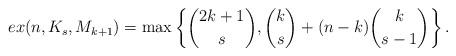
LaTeX: \begin{align*}ex(n,K_s,M_{k+1})=\max\left\{\binom{2k+1}{s}, \binom{k}{s}+(n-k)\binom{k}{s-1}\right\}.\end{align*}